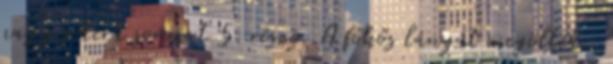
nagy sikerű sorozat 5. része. A főhős lányát megölték,